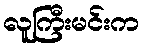
လူကြီးမင်းက